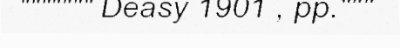
""""""" Deasy 1901 , pp."""